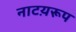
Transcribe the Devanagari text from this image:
नाटय़रूप